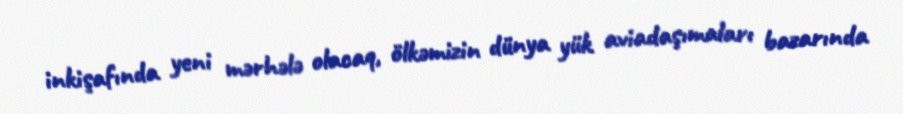
inkişafında yeni mərhələ olacaq, ölkəmizin dünya yük aviadaşımaları bazarında